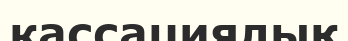
кассациялық